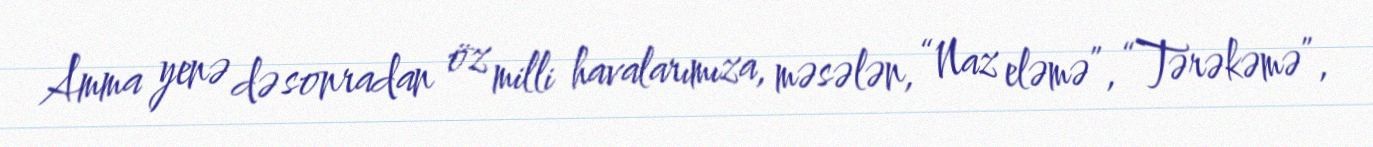
Amma yenə də sonradan öz milli havalarımıza, məsələn, “Naz eləmə”, “Tərəkəmə”,